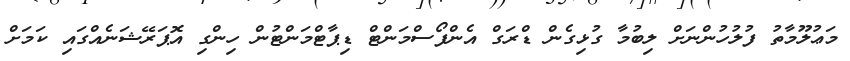
މަޢުލޫމާތު ފުލުހުންނަށް ލިބުމާ ގުޅިގެން ޑްރަގް އެންފޯސްމަންޓް ޑިޕާޓްމަންޓުން ހިންގި އޮޕަރޭޝަނެއްގައި ކަމަށް